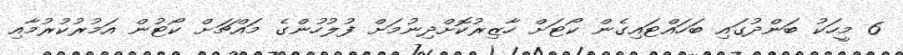
6 މީހަކު ބަންދުގައި ބަހައްޓައިގެން ކޯޓަށް ހާޒިރުކޮށްދިނުމަށް ފުލުހުންގެ މައްޗަށް ކޯޓުން އަމުރުކުރުމާއި